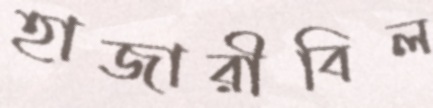
হাজারীবিল